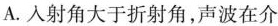
A.入射角大于折射角，声波在介